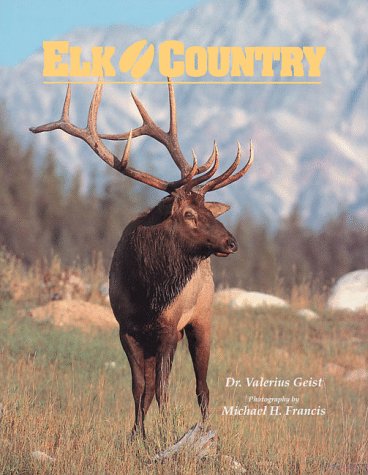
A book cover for Elk Country (Wildlife Country); Valerius Geist; Sports & Outdoors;